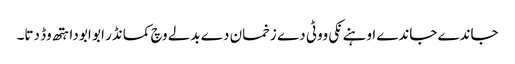
جاندے جاندے اوہنے نکی ووٹی دے زخمان دے بدلے وچ کمانڈر ابو ابو دا ہتھ وڈ دتا۔